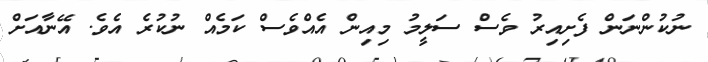
ނުކުންނަން ފެށިއިރު ވެސް ސަލީމު މިއިން އެއްވެސް ކަމެއް ނުކުރެ އެވެ. އޭނާއަށް